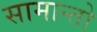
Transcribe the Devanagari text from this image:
सामान्तो